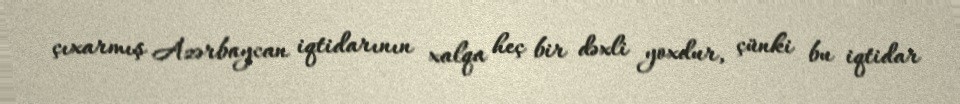
çıxarmış Azərbaycan iqtidarının xalqa heç bir dəxli yoxdur, çünki bu iqtidar